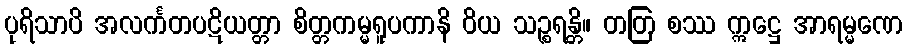
ပုရိသာပိ အလင်္ကတပဋိယတ္တာ စိတ္တကမ္မရူပကာနိ ဝိယ သဉ္စရန္တိ။ တတြ စဿ ဣဋ္ဌေ အာရမ္မဏေ